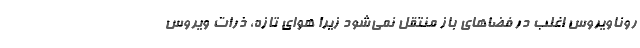
روناویروس اغلب در فضاهای باز منتقل نمی‌شود زیرا هوای تازه، ذرات ویروس